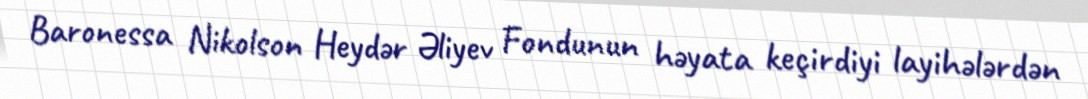
Baronessa Nikolson Heydər Əliyev Fondunun həyata keçirdiyi layihələrdən